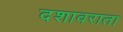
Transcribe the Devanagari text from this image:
दशावराता